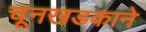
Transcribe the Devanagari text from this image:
चूनखडकाने